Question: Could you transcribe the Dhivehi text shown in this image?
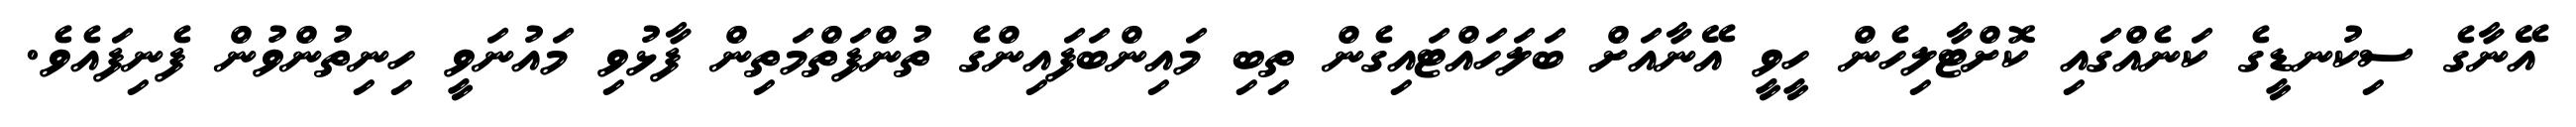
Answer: އޭނާގެ ސިކުނޑީގެ ކަނެއްގައި ކޮށްޓާލިހެން ހީވީ އޭނާއަށް ބަލަހައްޓައިގެން ތިބި މައިންބަފައިންގެ ތުންފަތްމަތިން ފާޅުވި މައުނަވީ ހިނިތުންވުން ފެނިފައެވެ.